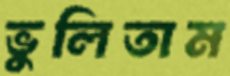
ভুলিতাম